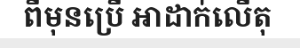
ពីមុនប្រើ អាដាក់លើតុ